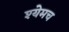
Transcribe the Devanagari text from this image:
श्येमच